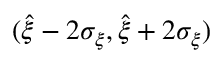
( \hat { \xi } - 2 \sigma _ { \xi } , \hat { \xi } + 2 \sigma _ { \xi } )